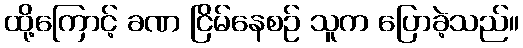
ထို့ကြောင့် ခဏ ငြိမ်နေစဉ် သူက ပြောခဲ့သည်။